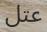
عتل